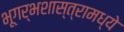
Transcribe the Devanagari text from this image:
भूगर्भशास्त्रामध्ये